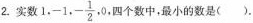
2.实数 1,-1,-\frac{1}{2},0,四个数中，最小的数是()。